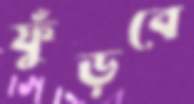
ফুঁড়বে